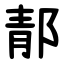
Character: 郬